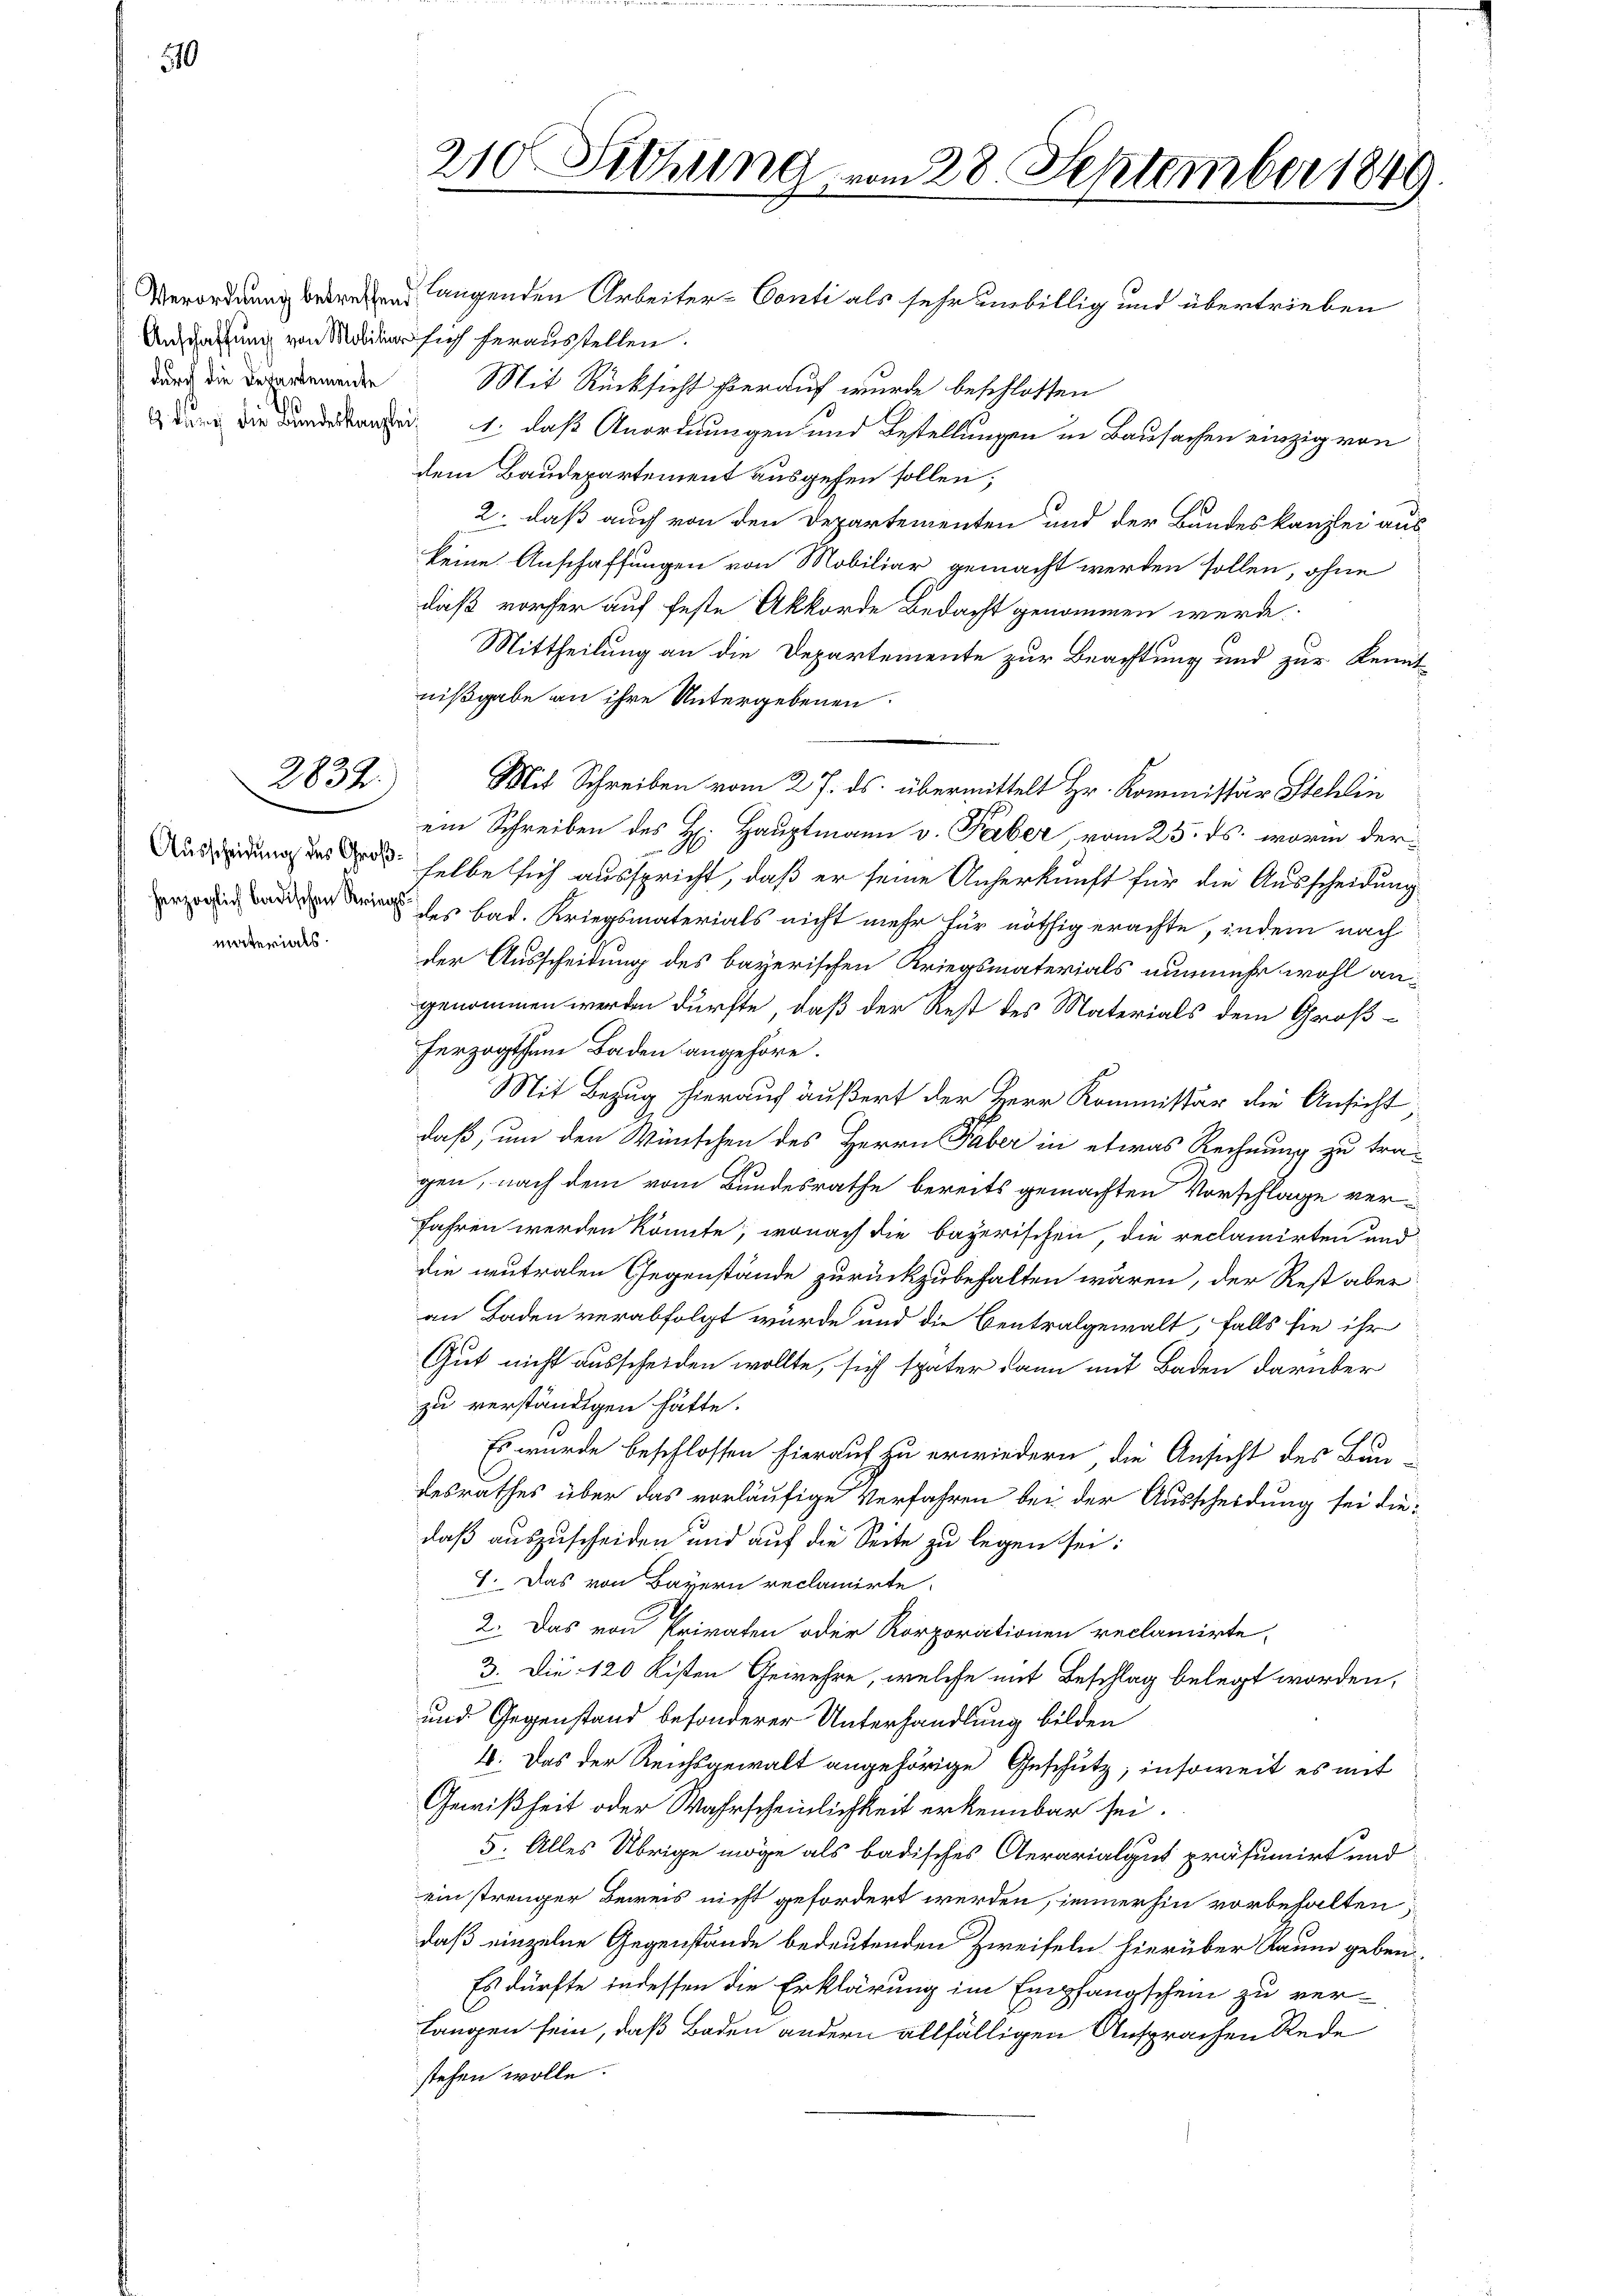
Ausdaffung von Mobilier sich herausstellen.
durch die Departemente

2832.

Ausscheidung des Großherzoglich badischen Kriegs
materials

210 Sitzung vom 28. September 1849.

Verordnung betreten langenden Arbeiter-Conti als sehr unbillig und übertrieben
Mit Rücksicht herauf wurde beschlossen
 d 1., daß Anordnungen und Bestellungen in Bausachen einzig von
dem Baudepartement ausgehen sollen;
2. daß auch von den Departementen und der Bundeskanzlei aus
keine Anschaffungen von Mobiliar gemacht werden sollen, ohne
daß vorher auf feste Akkorde Bedacht genommen werde.
Mittheilung an die Departemente zur Beachtung und zur Kennt
nißgabe an ihre Untergebenen.
Mit Schreiben vom 27. ds. übermittelt Hr. Kommissär Stehlin
ein Schreiben des H: Hauptmann v. Faber, vom 25. ds. worin der
selbe sich ausspricht, daß er seine Anherkunft für die Ausscheidung
des bad. Kriegsmaterials nicht mehr für nöthig erachte, indem nach
der Ausscheidung des bayerischen Kriegsmaterials nunmehr wohl angenommen werden dürfte, daß der Rest des Materials dem Großherzogthum Baden angehöre.
Mit Bezug hierauf äußert der Herr Kommissär die Ansicht
daß, um den Wünschen des Herrn Faber in etwas Rechnung zu tra-
gen, nach dem vom Bundesrathe bereits gemachten Vorschlage verfahren werden könnte, wonach die bayerischen, die reclamirten und
die neutralen Gegenstände zurückzubehalten wären, der Rest aber
an Baden verabfolgt wurde und die Centralgewalt, falls sie ihr
Gut nicht ausscheiden wollte, sich später dann mit Baden darüber
zu verständigen hätte.
Es wurde beschlossen hierauf zu erwiedern die Ansicht des Bun-
desrathes über das vorläufige Verfahren bei der Ausscheidung sei diedaß auszuscheiden und auf die Seite zu legen sei;
7. Das von Bayern reclamirte.
2. Das von Privaten oder Korporationen reclamirte,
3. Die 120 Kisten Gewehre, welche mit Beschlag belegt worden,
und Gegenstand besonderer Unterhandlung bilden
4. Das der Reichsgewalt angehörige Geschütz, insoweit es mit
Gewißheit oder Wahrscheinlichkeit erkennbar sei.
5: Alles Übrige möge als badisches Aerarialgut präsumirt und
einstrenger Beweis nicht gefordert werden, immerhin vorbehalten,
daß einzelne Gegenstände bedeutenden Zweifeln hierüber Raum geben
Es dürfte indessen die Erklärung im Empfangschein zu ver¬
Langen sein, daß Boden andern allfälligen Ansprachen Rede
stehen wolle.